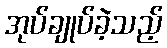
အုပ်ချုပ်ခဲ့သည့်